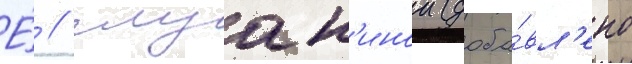
Е́ // Глуск'инои (доба́вл'ено